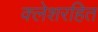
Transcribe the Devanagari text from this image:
क्लेशरहित